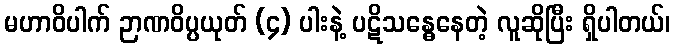
မဟာဝိပါက် ဉာဏဝိပ္ပယုတ် (၄) ပါးနဲ့ ပဋိသန္ဓေနေတဲ့ လူဆိုပြီး ရှိပါတယ်၊